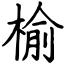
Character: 榆